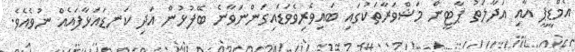
އެމްޑީޕީ އާއި އަދާލަތު ޕާޓީން މަޝްވަރާތަކުގައި ބައިވެރިވެވަޑައިގަންނަވާނެ ބޭފުޅުން އަދި ކަނޑައަޅާފައެއް ނުވެއެވެ.